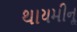
થાયમીનૢ